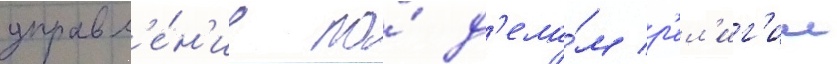
управл'е́н'ие по́ д'ела́м р'ел'иг'ии